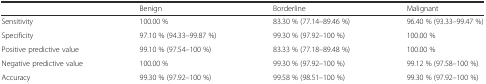
<table><thead><tr><td></td><td><b>Benign</b></td><td><b>Borderline</b></td><td><b>Malignant</b></td></tr></thead><tbody><tr><td>Sensitivity</td><td>100.00 %</td><td>83.30 % (77.14–89.46 %)</td><td>96.40 % (93.33–99.47 %)</td></tr><tr><td>Specificity</td><td>97.10 % (94.33–99.87 %)</td><td>99.30 % (97.92–100 %)</td><td>100.00 %</td></tr><tr><td>Positive predictive value</td><td>99.10 % (97.54–100 %)</td><td>83.33 % (77.18–89.48 %)</td><td>100.00 %</td></tr><tr><td>Negative predictive value</td><td>100.00 %</td><td>99.30 % (97.92–100 %)</td><td>99.12 % (97.58–100 %)</td></tr><tr><td>Accuracy</td><td>99.30 % (97.92–100 %)</td><td>99.58 % (98.51–100 %)</td><td>99.30 % (97.92–100 %)</td></tr></tbody></table>